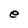
Character: e